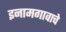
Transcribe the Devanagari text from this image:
इनामगावाचे